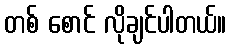
တစ် စောင် လိုချင်ပါတယ်။